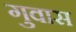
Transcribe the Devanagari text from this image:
गुवास